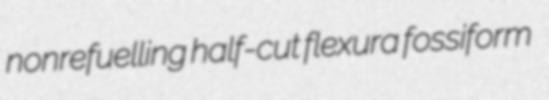
nonrefuelling half-cut flexura fossiform